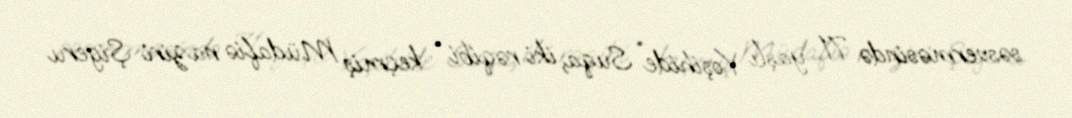
səsverməsində 71 yaşlı Yoşihide Suqa, iki rəqibi - keçmiş Müdafiə naziri Şigeru